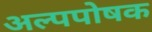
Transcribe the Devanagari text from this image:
अल्पपोषक